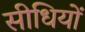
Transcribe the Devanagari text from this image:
सीधियों